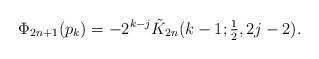
LaTeX: \begin{align*}\Phi_{2n + 1} ( p_{k}) = - 2^{k-j}\tilde K_{2n}(k-1;\textstyle{\frac12},2j-2).\end{align*}